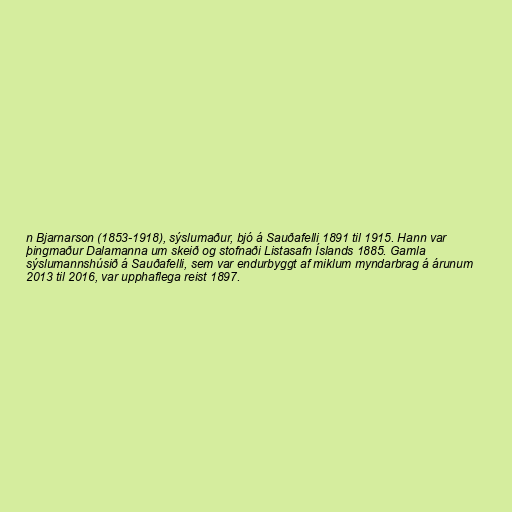
n Bjarnarson (1853-1918), sýslumaður, bjó á Sauðafelli 1891 til 1915. Hann var
þingmaður Dalamanna um skeið og stofnaði Listasafn Íslands 1885. Gamla
sýslumannshúsið á Sauðafelli, sem var endurbyggt af miklum myndarbrag á árunum
2013 til 2016, var upphaflega reist 1897.